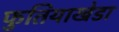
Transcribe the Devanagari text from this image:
फुतियाखेडा